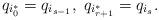
LaTeX: \begin{align*}q_{i_0^*}=q_{i_{s-1}}, \; q_{i^*_{r+1}}=q_{i_s}.\end{align*}